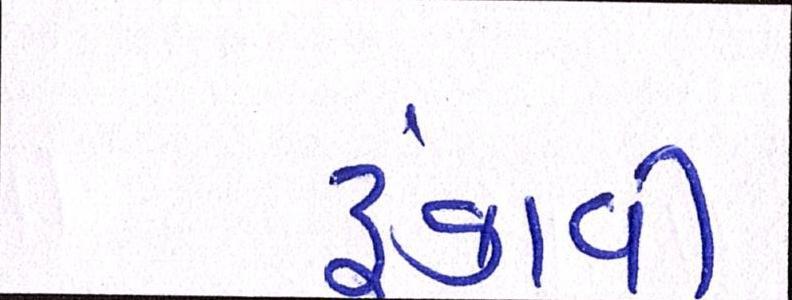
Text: ટુંકાવી